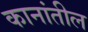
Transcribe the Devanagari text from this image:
कानांतील